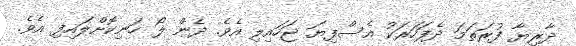
ދާރިޔާ ފުރަތަމަ ދެފަހަރަކު އެސްފިޔަ ޖަހައިލި އެވެ. ދެން ލޯ ހަނިކޮށްލައިފި އެވެ.